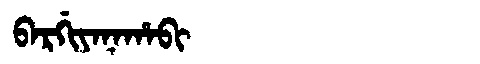
Manchu: ᠪᠠᡵᡤᡳᠶᠠᠨᠠᡥᠠᠪᡳ
Romanization: BARGIYANAHABI